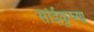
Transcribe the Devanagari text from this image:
सांईकृष्‍ण